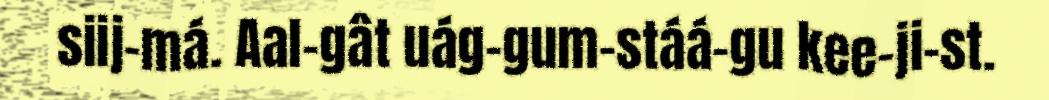
siij-má. Aal-gât uág-gum-stáá-gu kee-ji-st.